Eesti_Ajutine_Maanoukogu, lk 3
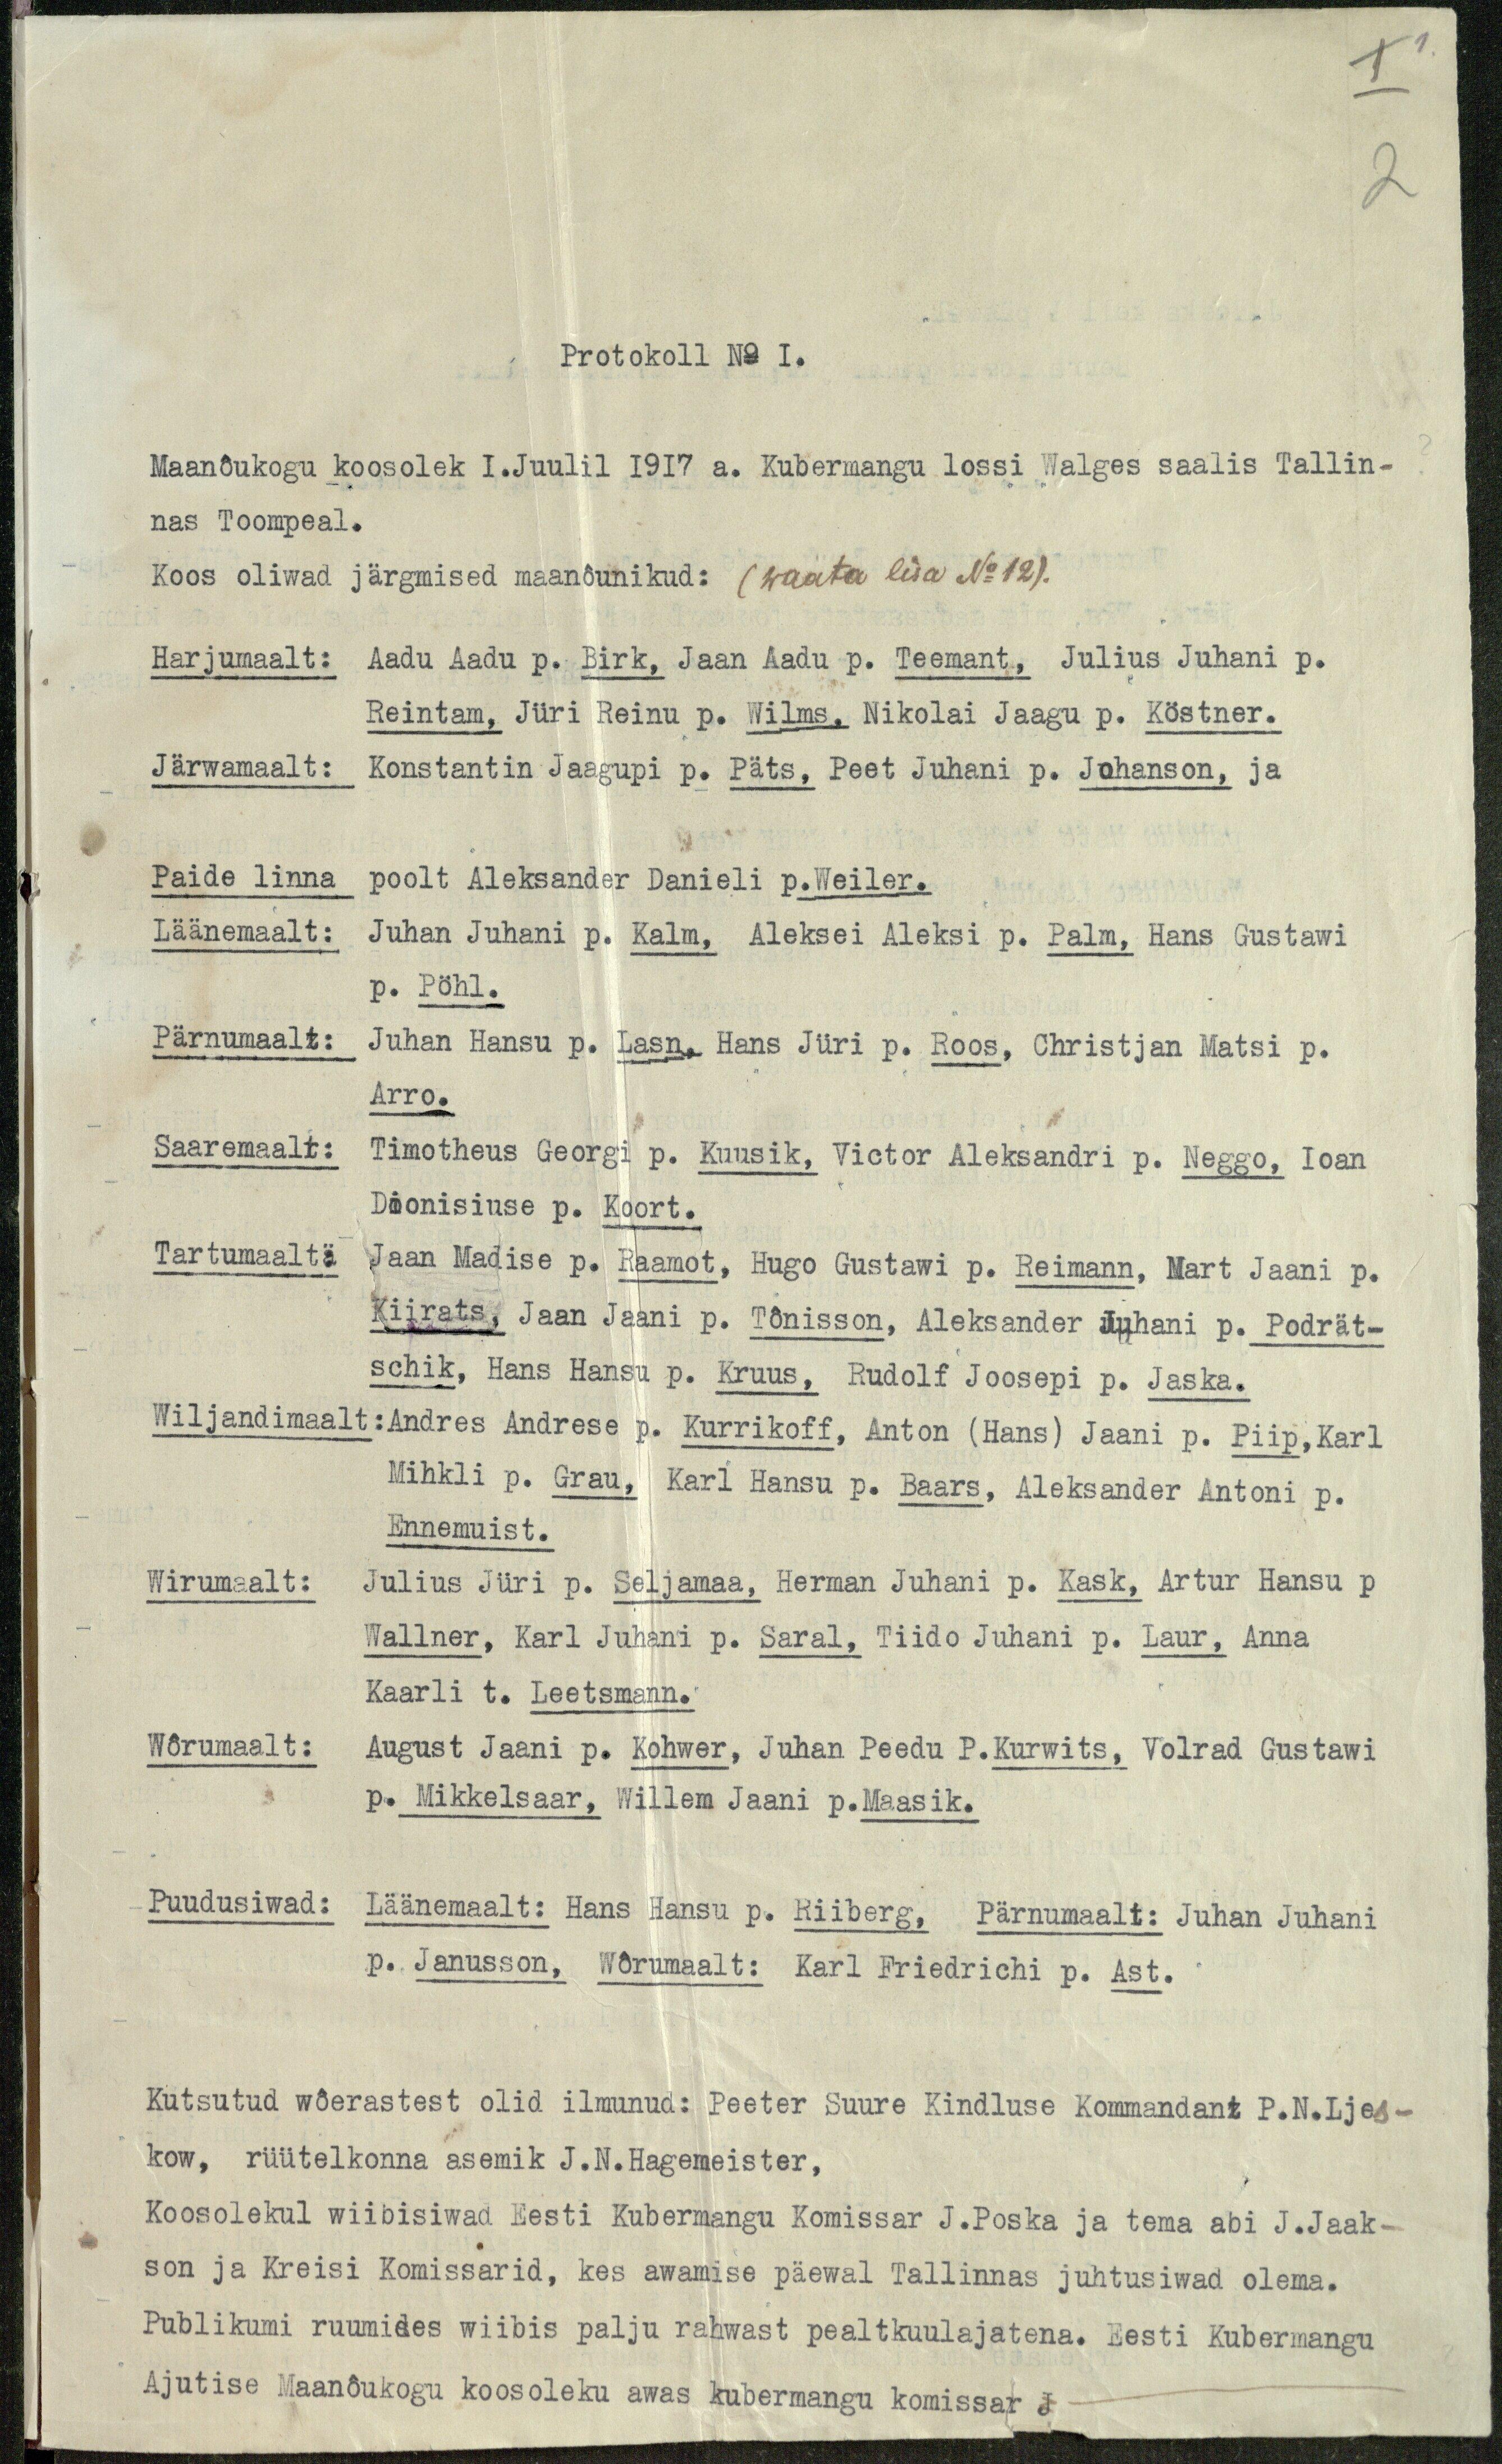
Protokoll No 1.
Maanõukogu koosolek 1. Juulil 1917 a. Kubermangu lossi Walges saalis Tallin-
nas Toompeal.
Koos oliwad järgmised maanõunikud: (waata lisa No 12).
Harjumaalt:
Aadu Aadu p. Birk, Jaan Aadu p. Teemant, Julius Juhani p.
Reintam, Jüri Reinu p. Wilms, Nikolai Jaagu p. Köstner.
Järwamaalt:
Konstantin Jaagupi p. Päts, Peet Juhani p. Johanson, ja
Paide linna
poolt Aleksander Danieli p. Weiler.
Läänemaalt:
Juhan Juhani p. Kalm, Aleksei Aleksi p. Palm. Hans Gustawi
p. Pöhl.
Pärnumaalt:
Juhan Hansu p. Lasn, Hans Jüri p. Roos, Christjan Matsi p.
Arro.
Saaremaalt:
Timotheus Georgi p. Kuusik, Victor Aleksandri p. Neggo, Ioan
Dionisiuse p. Koort.
Tartumaalt:
Jaan Madise p. Raamot, Hugo Gustawi p. Reimann, Mart Jaani p.
Kiirats, Jaan Jaani p. Tõnisson, Aleksander Juhani p. Podrät-
schik, Hans Hansu p. Kruus, Rudolf Joosepi p. Jaska.
Wiljandimaalt: Andres Andrese p. Kurrikoff, Anton (Hans) Jaani p. Piip, Karl
Mihkli p. Grau, Karl Hansu p. Baars, Aleksander Antoni p.
Ennemuist.
Wirumaalt:
Julius Jüri p. Seljamaa, Herman Juhani p. Kask. Artur Hansu p.
Wallner, Karl Juhani p. Saral, Tiido Juhani p. Laur, Anna
Kaarli t. Leetsmann.
Wõrumaalt:
August Jaani p. Kohwer, Juhan Peedu P. Kurwits, Volrad Gustawi
p. Mikkelsaar, Willem Jaani p. Maasik.
Puudusiwad: Läänemaalt: Hans Hansu p. Riiberg, Pärnumaalt: Juhan Juhani
p. Janusson, Wõrumaalt: Karl Friedrichi p. Ast.
Kutsatud wõerastest olid ilmunud: Peeter Suure Kindluse Kommandant P. N. Ljes-
kow, rüütelkonna asemik J. N. Hagemeister,
Koosolekul wiibisiwad Eesti Kubermangu Komissar J. Poska ja tema abi J. Jaak-
son ja Kreisi Komissarid, kes awamise päewal Tallinnas juhtusiwad olema.
Publikumi ruumides wiibis palju rahwast pealtkuulajatena. Eesti Kubermangu
Ajutise Maanõukogu koosoleku awas kubermangu komissar J